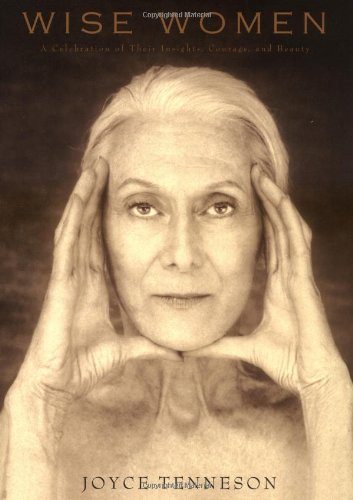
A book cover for Wise Women: A Celebration of Their Insights, Courage, and Beauty; Joyce Tenneson; Arts & Photography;